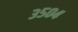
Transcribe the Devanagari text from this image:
३५०४